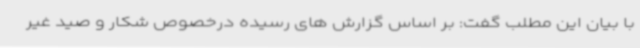
با بیان این مطلب گفت: بر اساس گزارش های رسیده درخصوص شکار و صید غیر